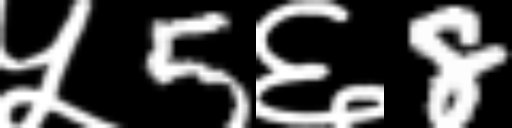
Text: ५5६8